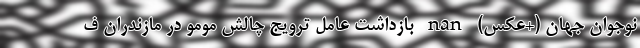
نوجوان جهان (+عکس) nan بازداشت عامل ترویج چالش مومو در مازندران ف